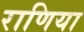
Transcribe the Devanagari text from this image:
राणिया